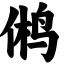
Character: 鸺